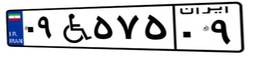
۰۹W۵۷۵۰۹